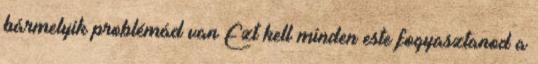
bármelyik problémád van Ezt kell minden este fogyasztanod a